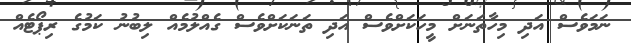
ނަމަވެސް އަދި މިހާތަނަށް މީހަކަށްވެސް އަދި ތަނަކަށްވެސް ގެއްލުމެއް ލިބުނު ކަމުގެ ރިޕޯޓެއް